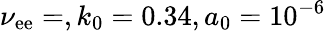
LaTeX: \nu_{\mathrm{e}\mathrm{e}}=,k_{0}=0.34,a_{0}=10^{-6}